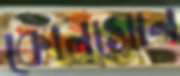
কোলসোন